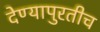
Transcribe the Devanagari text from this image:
देण्यापुरतीच